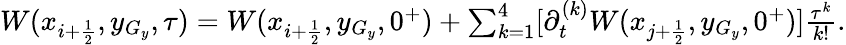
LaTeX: \begin{array}{r}{W(x_{i+\frac{1}{2}},y_{G_{y}},\tau)=W(x_{i+\frac{1}{2}},y_{G_{y}},0^{+})+\sum_{k=1}^{4}[\partial_{t}^{(k)}W(x_{j+\frac{1}{2}},y_{G_{y}},0^{+})]\frac{\tau^{k}}{k!}.}\end{array}